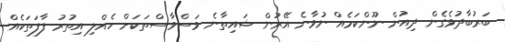
ބަރުބާދުވެގެން ދިއުން ނޫންކަމެއް ނުވާނެ އޭރުން ޝައިތާނެ ވަސްވާސްތަކަށް ހެއްލި އިތުރު ފާފަތަކެއް